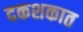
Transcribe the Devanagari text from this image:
दकशकात